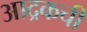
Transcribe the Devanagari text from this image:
आद्रकची